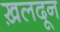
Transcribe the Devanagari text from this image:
ख़लदून